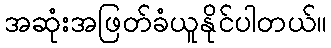
အဆုံးအဖြတ်ခံယူနိုင်ပါတယ်။